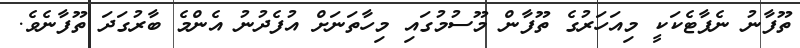
ތޫފާނު ނެޕާޓެކަކީ މިއަހަރުގެ ތޫފާން މޫސުމުގައި މިހާތަނަށް އުފެދުނު އެންމެ ބާރުގަދަ ތޫފާނެވެ.